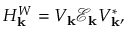
H _ { \mathbf { k } } ^ { W } = V _ { \mathbf { k } } \mathcal { E } _ { \mathbf { k } } V _ { \mathbf { k } } ^ { * } ,